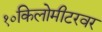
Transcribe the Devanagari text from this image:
१०किलोमीटरवर